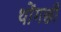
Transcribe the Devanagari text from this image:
थोंगछी